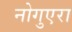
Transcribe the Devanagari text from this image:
नोगुएरा